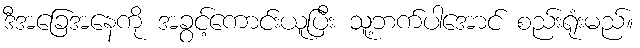
ဒီအခြေအနေကို အခွင့်ကောင်းယူပြီး သူ့ဘက်ပါအောင် စည်းရုံးမည်။